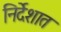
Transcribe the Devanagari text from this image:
निर्देशात